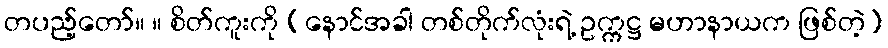
တပည့်တော်။ ။ စိတ်ကူးကို (နောင်အခါ တစ်တိုက်လုံးရဲ့ ဥက္ကဋ္ဌ မဟာနာယက ဖြစ်တဲ့)